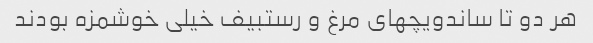
هر دو تا ساندویچهای مرغ و رستبیف خیلی خوشمزه بودند